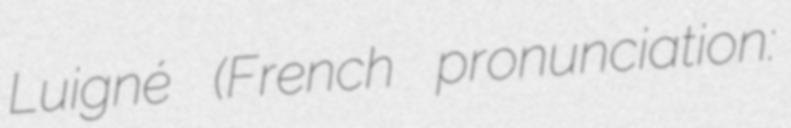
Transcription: Luigné (French pronunciation: